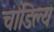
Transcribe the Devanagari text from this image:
चांडिल्य